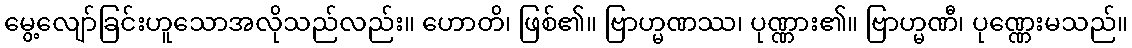
မွေ့လျော်ခြင်းဟူသောအလိုသည်လည်း။ ဟောတိ၊ ဖြစ်၏။ ဗြာဟ္မဏဿ၊ ပုဏ္ဏား၏။ ဗြာဟ္မဏီ၊ ပုဏ္ဏေးမသည်။